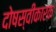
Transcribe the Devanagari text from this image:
दोषस्वीकारक